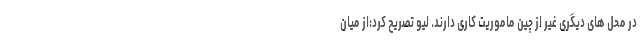
در محل های دیگری غیر از چین ماموریت کاری دارند. لیو تصریح کرد:از میان